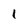
Character: 1